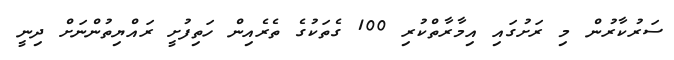
ސަރުކާރުން މި ރަށުގައި އިމާރާތްކުރި 100 ގެތަކުގެ ތެރެއިން ހަތިފުށީ ރައްޔިތުންނަށް ދިނީ